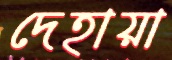
দেহায়া